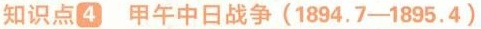
知识点4 甲午中日战争(1894.7-1895.4)